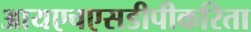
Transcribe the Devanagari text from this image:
आयएचएसडीपीकरिता